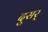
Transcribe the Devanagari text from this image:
दुसर्